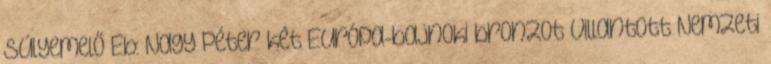
Súlyemelő Eb: Nagy Péter két Európa-bajnoki bronzot villantott Nemzeti